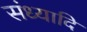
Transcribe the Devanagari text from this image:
संध्यादि